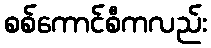
စစ်ကောင်စီကလည်း